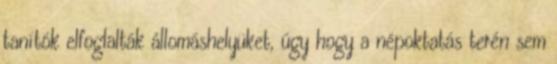
tanítók elfoglalták állomáshelyüket, úgy hogy a népoktatás terén sem